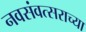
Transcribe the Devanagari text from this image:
नवसंवत्सराच्या